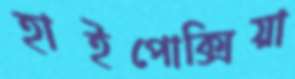
হাইপোক্সিয়া